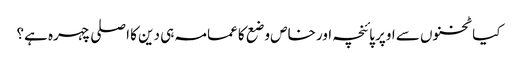
کیا ٹخنوں سے اوپر پائنچہ اور خاص وضع کا عمامہ ہی دین کا اصلی چہرہ ہے؟